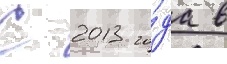
С 2013 го́да в